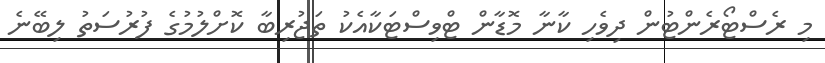
މި ރެސްޓޯރެންޓުން ދިވެހި ކާނާ މޮޑާން ޓްވިސްޓަކާއެކު ތަޖުރިބާ ކޮށްލުމުގެ ފުރުސަތު ލިބޭނެ